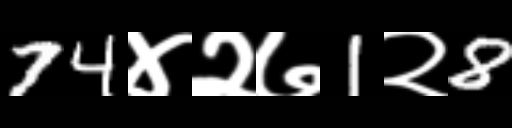
Text: 74४२७1२8